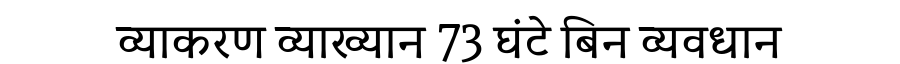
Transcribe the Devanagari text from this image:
व्याकरण व्याख्यान 73 घंटे बिन व्यवधान